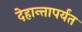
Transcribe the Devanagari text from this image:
देहान्तापर्यंत